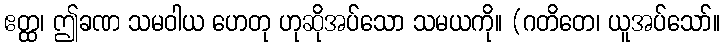
ဧတ္ထ၊ ဤခဏ သမဝါယ ဟေတု ဟုဆိုအပ်သော သမယကို။ (ဂတိတေ၊ ယူအပ်သော်။